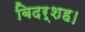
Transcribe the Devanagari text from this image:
बिदर्शह।